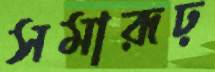
সমারূঢ়